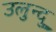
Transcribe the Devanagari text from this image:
उलुन्दु